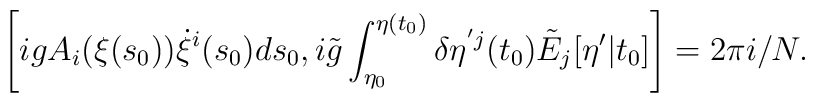
\left[ i g A_i(\xi(s_0)) \dot{\xi}^i(s_0) ds_0, i \tilde{g} \int_{\eta_0}   ^{\eta(t_0)} \delta \eta^{'j}(t_0) \tilde{E}_j[\eta'|t_0] \right]    = 2 \pi i/N.